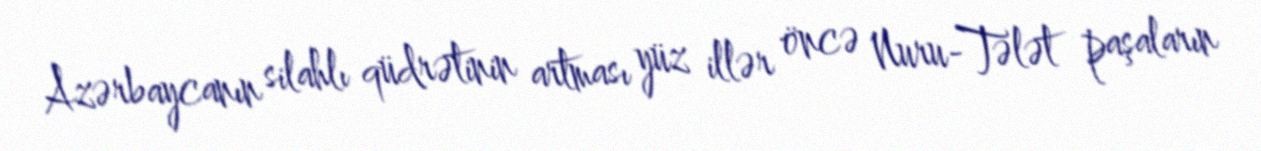
Azərbaycanın silahlı qüdrətinin artması yüz illər öncə Nuru-Tələt paşaların